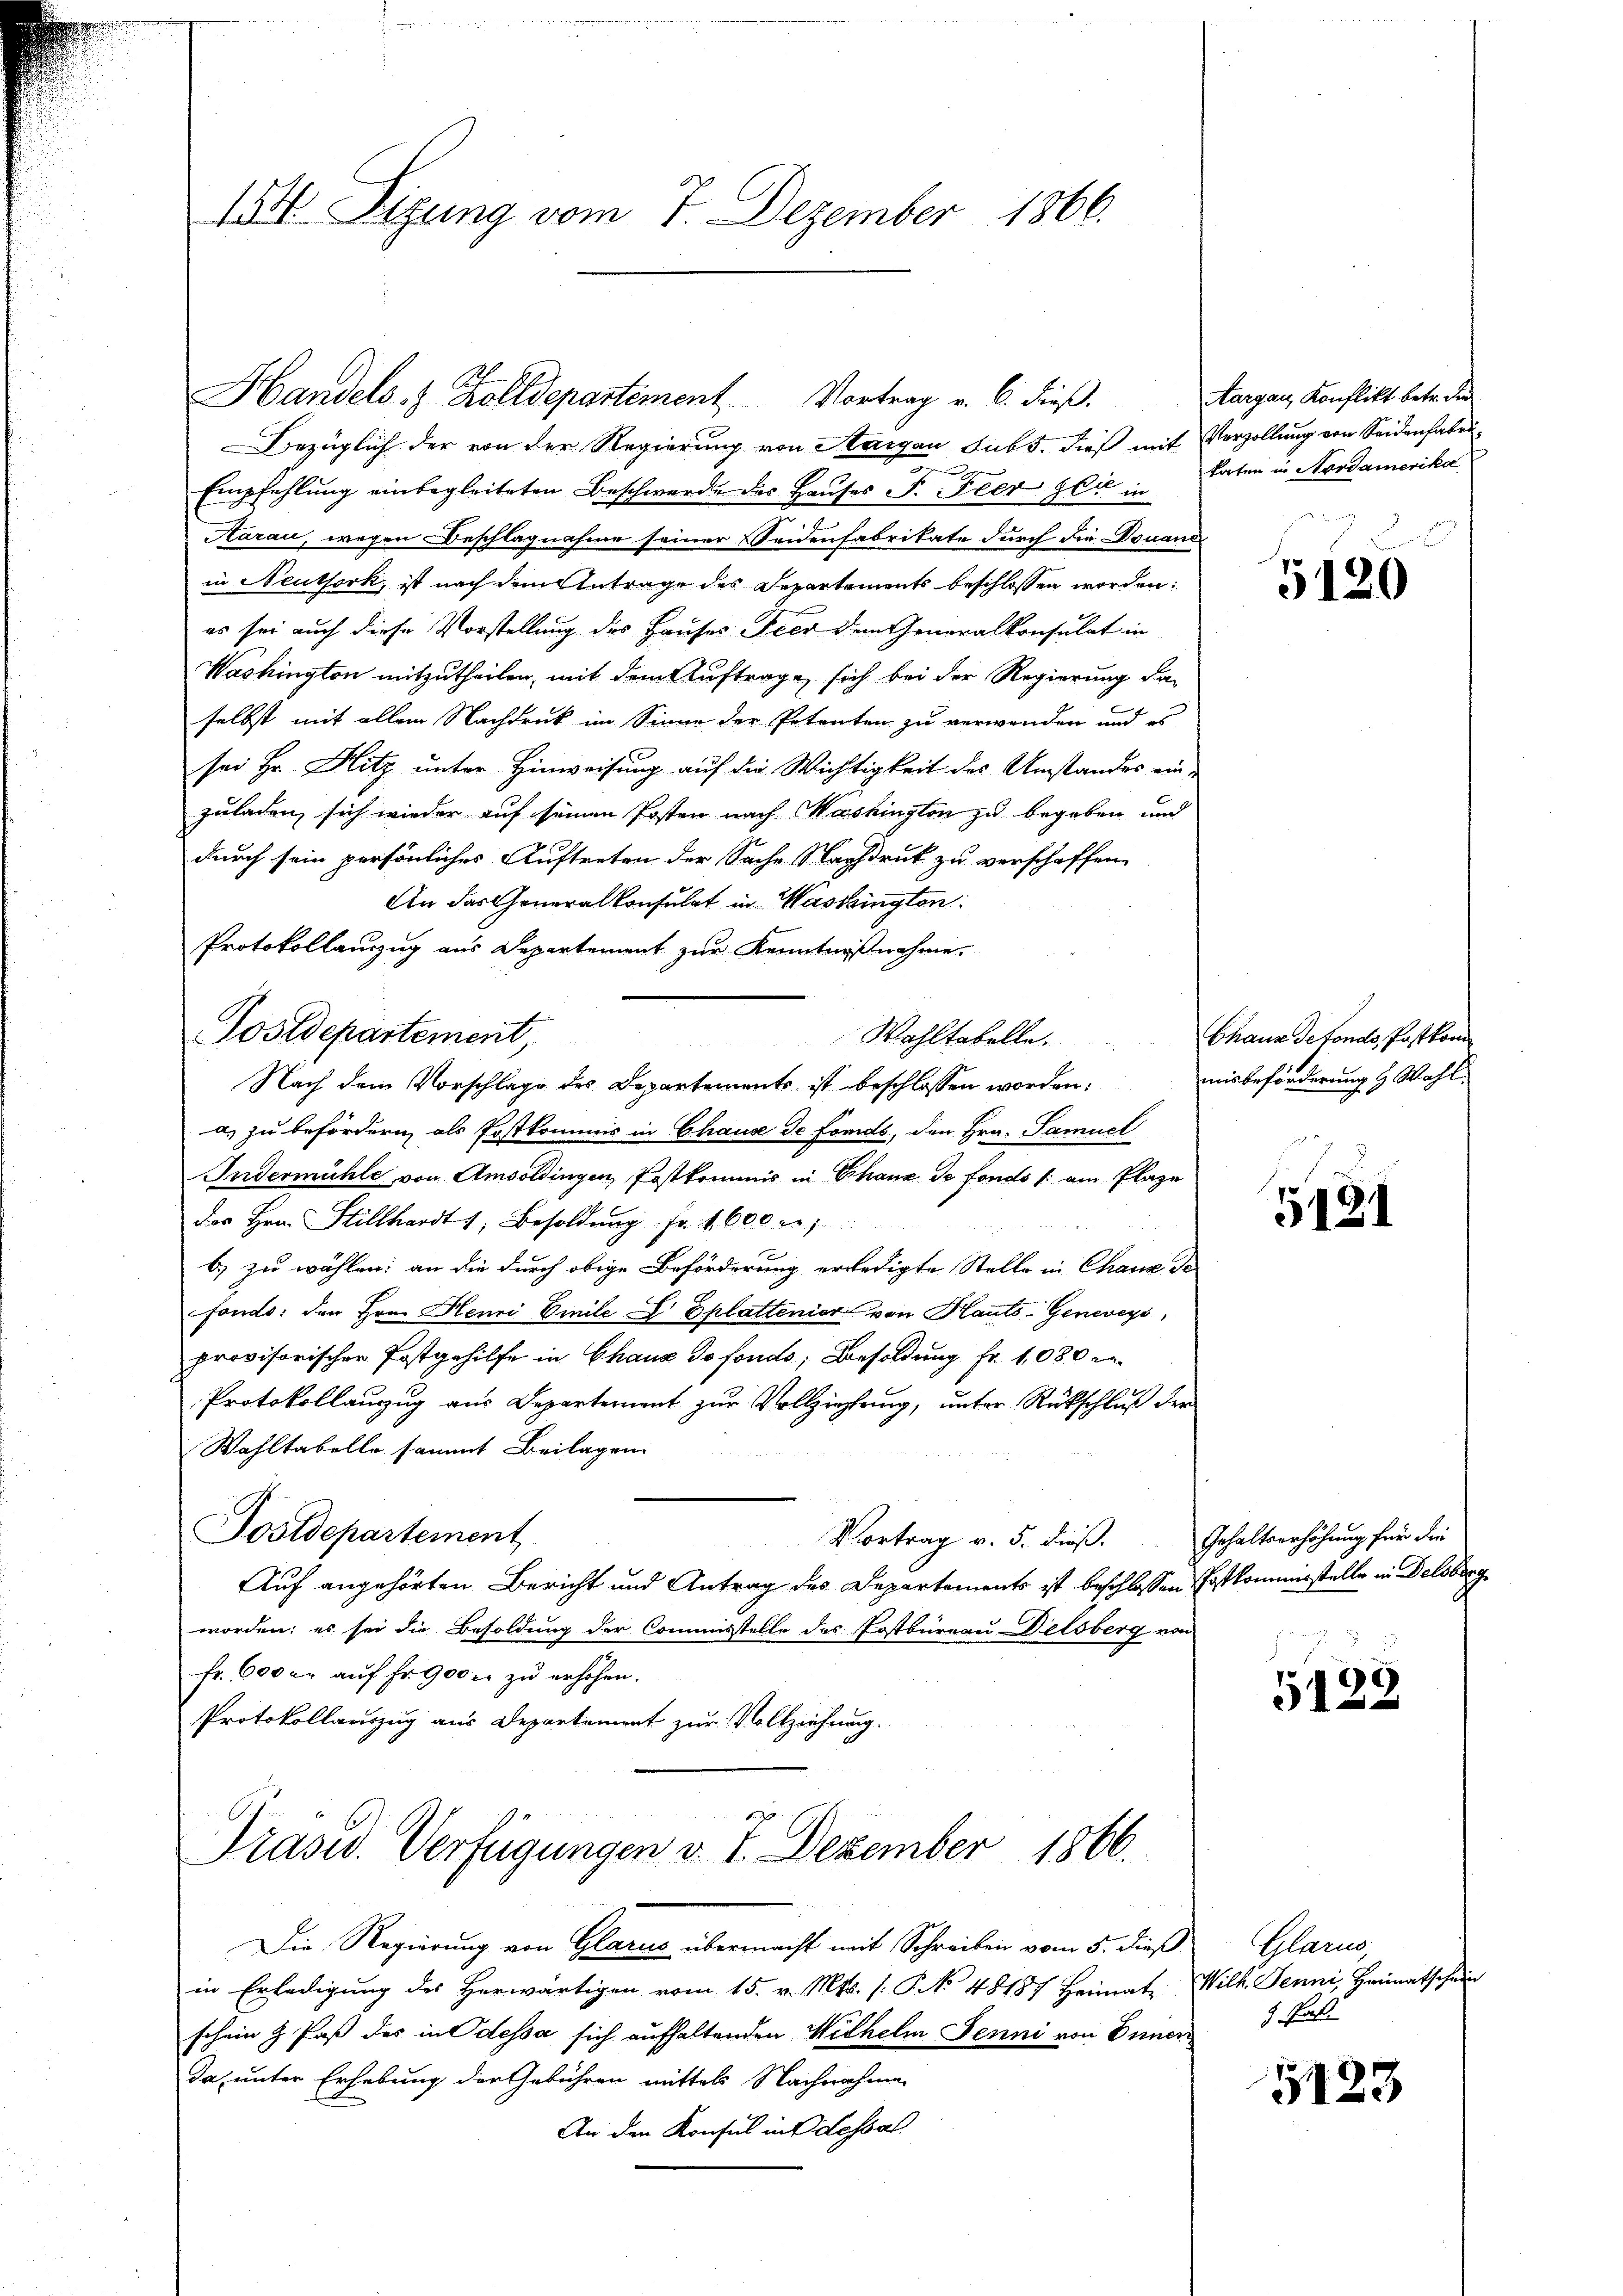
154. Sizung vom 7. Dezember 1866.

Bezüglich der von der Regierung von Aargau sub 5. dieß mit Verzollung von Seidenfabri¬
Empfehlung einbegleiteten Beschwerde des Hauses P. Peer gli in
Aarau, wegen Beschlagnahme seiner Seidenfabrikate durch die Douand
in Neuthork, ist nach dem Antrage des Departements beschlossen worden:
es sei auch diese Vorstellung des Hauses Peer den Generalkonsulat in
Washington mitzutheilen, mit dem Auftrage sich bei der Regierung da-
selbst mit allem Nachdruck im Sinne der Petenten zu verwenden und es
sei Hr. Hitz unter Hinweisung auf die Wichtigkeit des Umstandes ein-
zuladen, sich wieder auf seinen Posten nach Washington zu begeben und
durch sein persönliches Auftreten der Sache Nachdruck zu verschaffen
An das Generalkonsulat in Washington
Protokollanzug aus Departement zur Kenntnißnahme
Postdepartement,
Wohltabelle.
a) zu befördern, als Postkommis in Chaus de fonds, den Hrn. Samuel
Indermühle von Amsoldingen Postkommis in Chaux de fonds /: am Plaze
des Hrn. Stillhardt 1, Besoldung fr. 1600 Fr.
b) zu wählen: an die durch obige Beförderung erledigte Stelle in Chaus de
fonds. den Hrn. Henri Einile L. Splattenier von Hauts-Genevers,
provisorischer Postgehilfe in Chaux do fonds; Besoldung Fr. 1080 r
Protokollauzug aus Departement zur Vollziehung, unter Rückschluß der
Wahltabelle sammt Beilagen
Postdepartement
Vortrag v. 5. dieß. Gehaltserhöhung für die
Auf angehörten Bericht und Antrag des Departements ist beschlossen Postkommisstelle in Delsberg
worden; es sei die Besoldung der Commisstelle des Postbüreau-Delsberg von
Fr. 6000 er auf Fr. 900 er zu erhöhen.
Protokollauszug aus Departement zur Vollziehung.
7
Präsid. Verfügungen v. 1. Dezember 1866.

Handels Zolldepartement Vortrag v. 6. dieß. Aargau, Konflikt betr. den

Nach dem Vorschlage des Departements ist beschlossen worden:

Die Regierung von Glarus übermacht mit Schreiben vom 5. dieß
in Erledigung des Herwärtigen vom 15. v. Mts. s. No 48187 Heimat Wilh. Jenni, Heimatschein
schein & Paß des in Odessa sich aufhaltenden Wilhelm Jenni von Innen
da, unter Erhebung der Gebühren mittels Nachnahme
An den Konsul in dessat

katen in Nordamerika

5120

Chaux detonds, Postkom
misbeförderung & Wahl

5421

5122

Glarus,
 Pas

5123